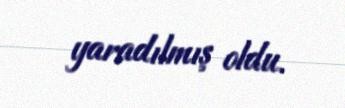
yaradılmış oldu.